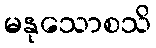
မနုသောစသိ